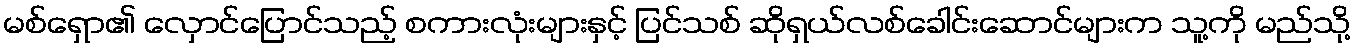
မစ်ရှော၏ လှောင်ပြောင်သည့် စကားလုံးများနှင့် ပြင်သစ် ဆိုရှယ်လစ်ခေါင်းဆောင်များက သူ့ကို မည်သို့